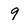
Character: 9